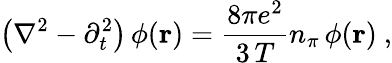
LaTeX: \left(\nabla^{2}-\partial_{t}^{2}\right)\, \phi({\mathbf r})=\frac{8\pi e^{2}}{3\, T}n_{\pi}\, \phi({\mathbf r})\ ,